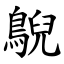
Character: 鶃